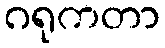
ဂရုကတာ